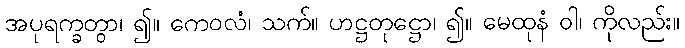
အပုရက္ခတွာ၊ ၍။ ကေဝလံ၊ သက်။ ဟဋ္ဌတုဋ္ဌော၊ ၍။ မေထုနံ ဝါ၊ ကိုလည်း။